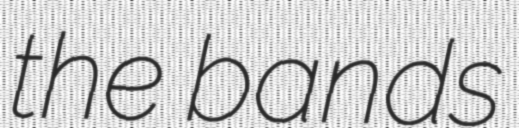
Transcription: the bands